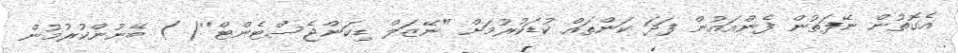
އެގޮތުން ނޭފަތުން ފެންއައުން ފަދަ ކަންތައް ކުޑަކުރުމަށް ''ނޭޒަލް ޑިކަންޖެސްޓެންޓް''( ) ބޭނުންކުރުމުން